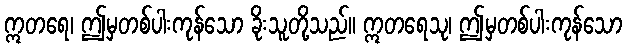
ဣတရေ၊ ဤမှတစ်ပါးကုန်သော ခိုးသူတို့သည်။ ဣတရေသု၊ ဤမှတစ်ပါးကုန်သော